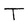
Character: T